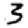
Digit: 3